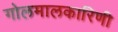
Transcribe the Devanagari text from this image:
गोलमालकारिणी